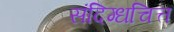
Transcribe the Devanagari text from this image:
संदिग्धचित्त